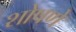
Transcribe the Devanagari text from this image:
शोषणे